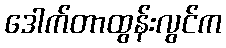
ဒေါက်တာထွန်းလွင်က